Lunatic asylums Bombay report 1891-1903 - 1891-1903
Year: 1891
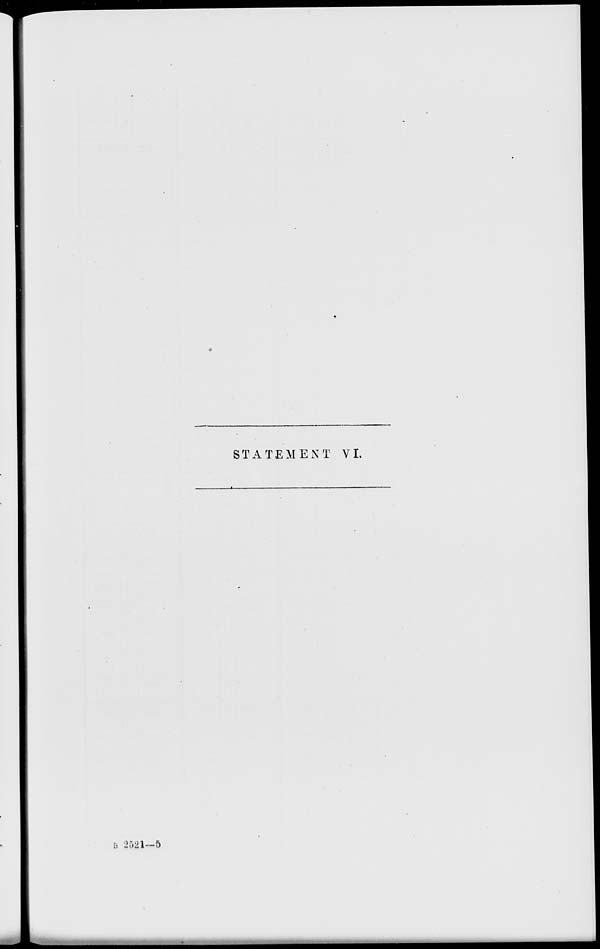
STATEMENT VI.
B 2521—5